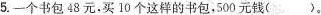
5.一个书包48元。买10个这样的书包，500元钱( )。